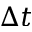
\Delta t